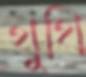
থুথি